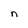
Character: n